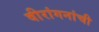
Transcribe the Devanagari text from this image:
वीरांगनांची